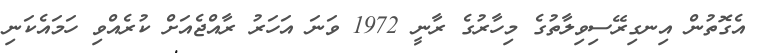
އެގޮތުން އިނގިރޭސިވިލާތުގެ މިހާރުގެ ރާނީ 1972 ވަނަ އަހަރު ރާއްޖެއަށް ކުރެއްވި ހަމައެކަނި